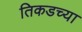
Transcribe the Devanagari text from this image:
तिकडच्या